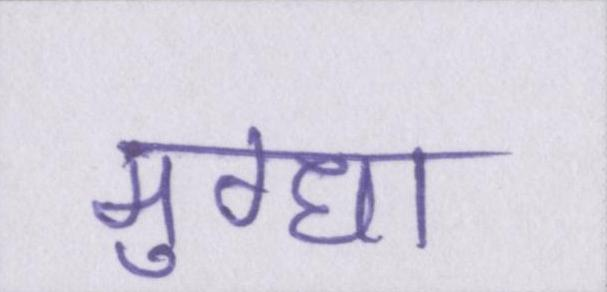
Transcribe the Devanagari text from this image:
मुग्धा